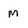
Character: m